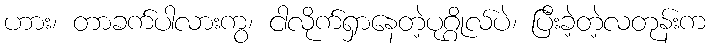
ဟား၊ တာခက်ပါလားကွ၊ ငါလိုက်ရှာနေတဲ့ပုဂ္ဂိုလ်ပဲ၊ ပြီးခဲ့တဲ့လတုန်းက